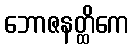
ဘောဇနတ္ထိကေ